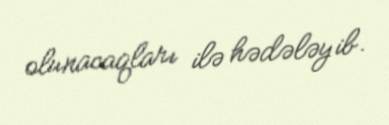
olunacaqları ilə hədələyib.